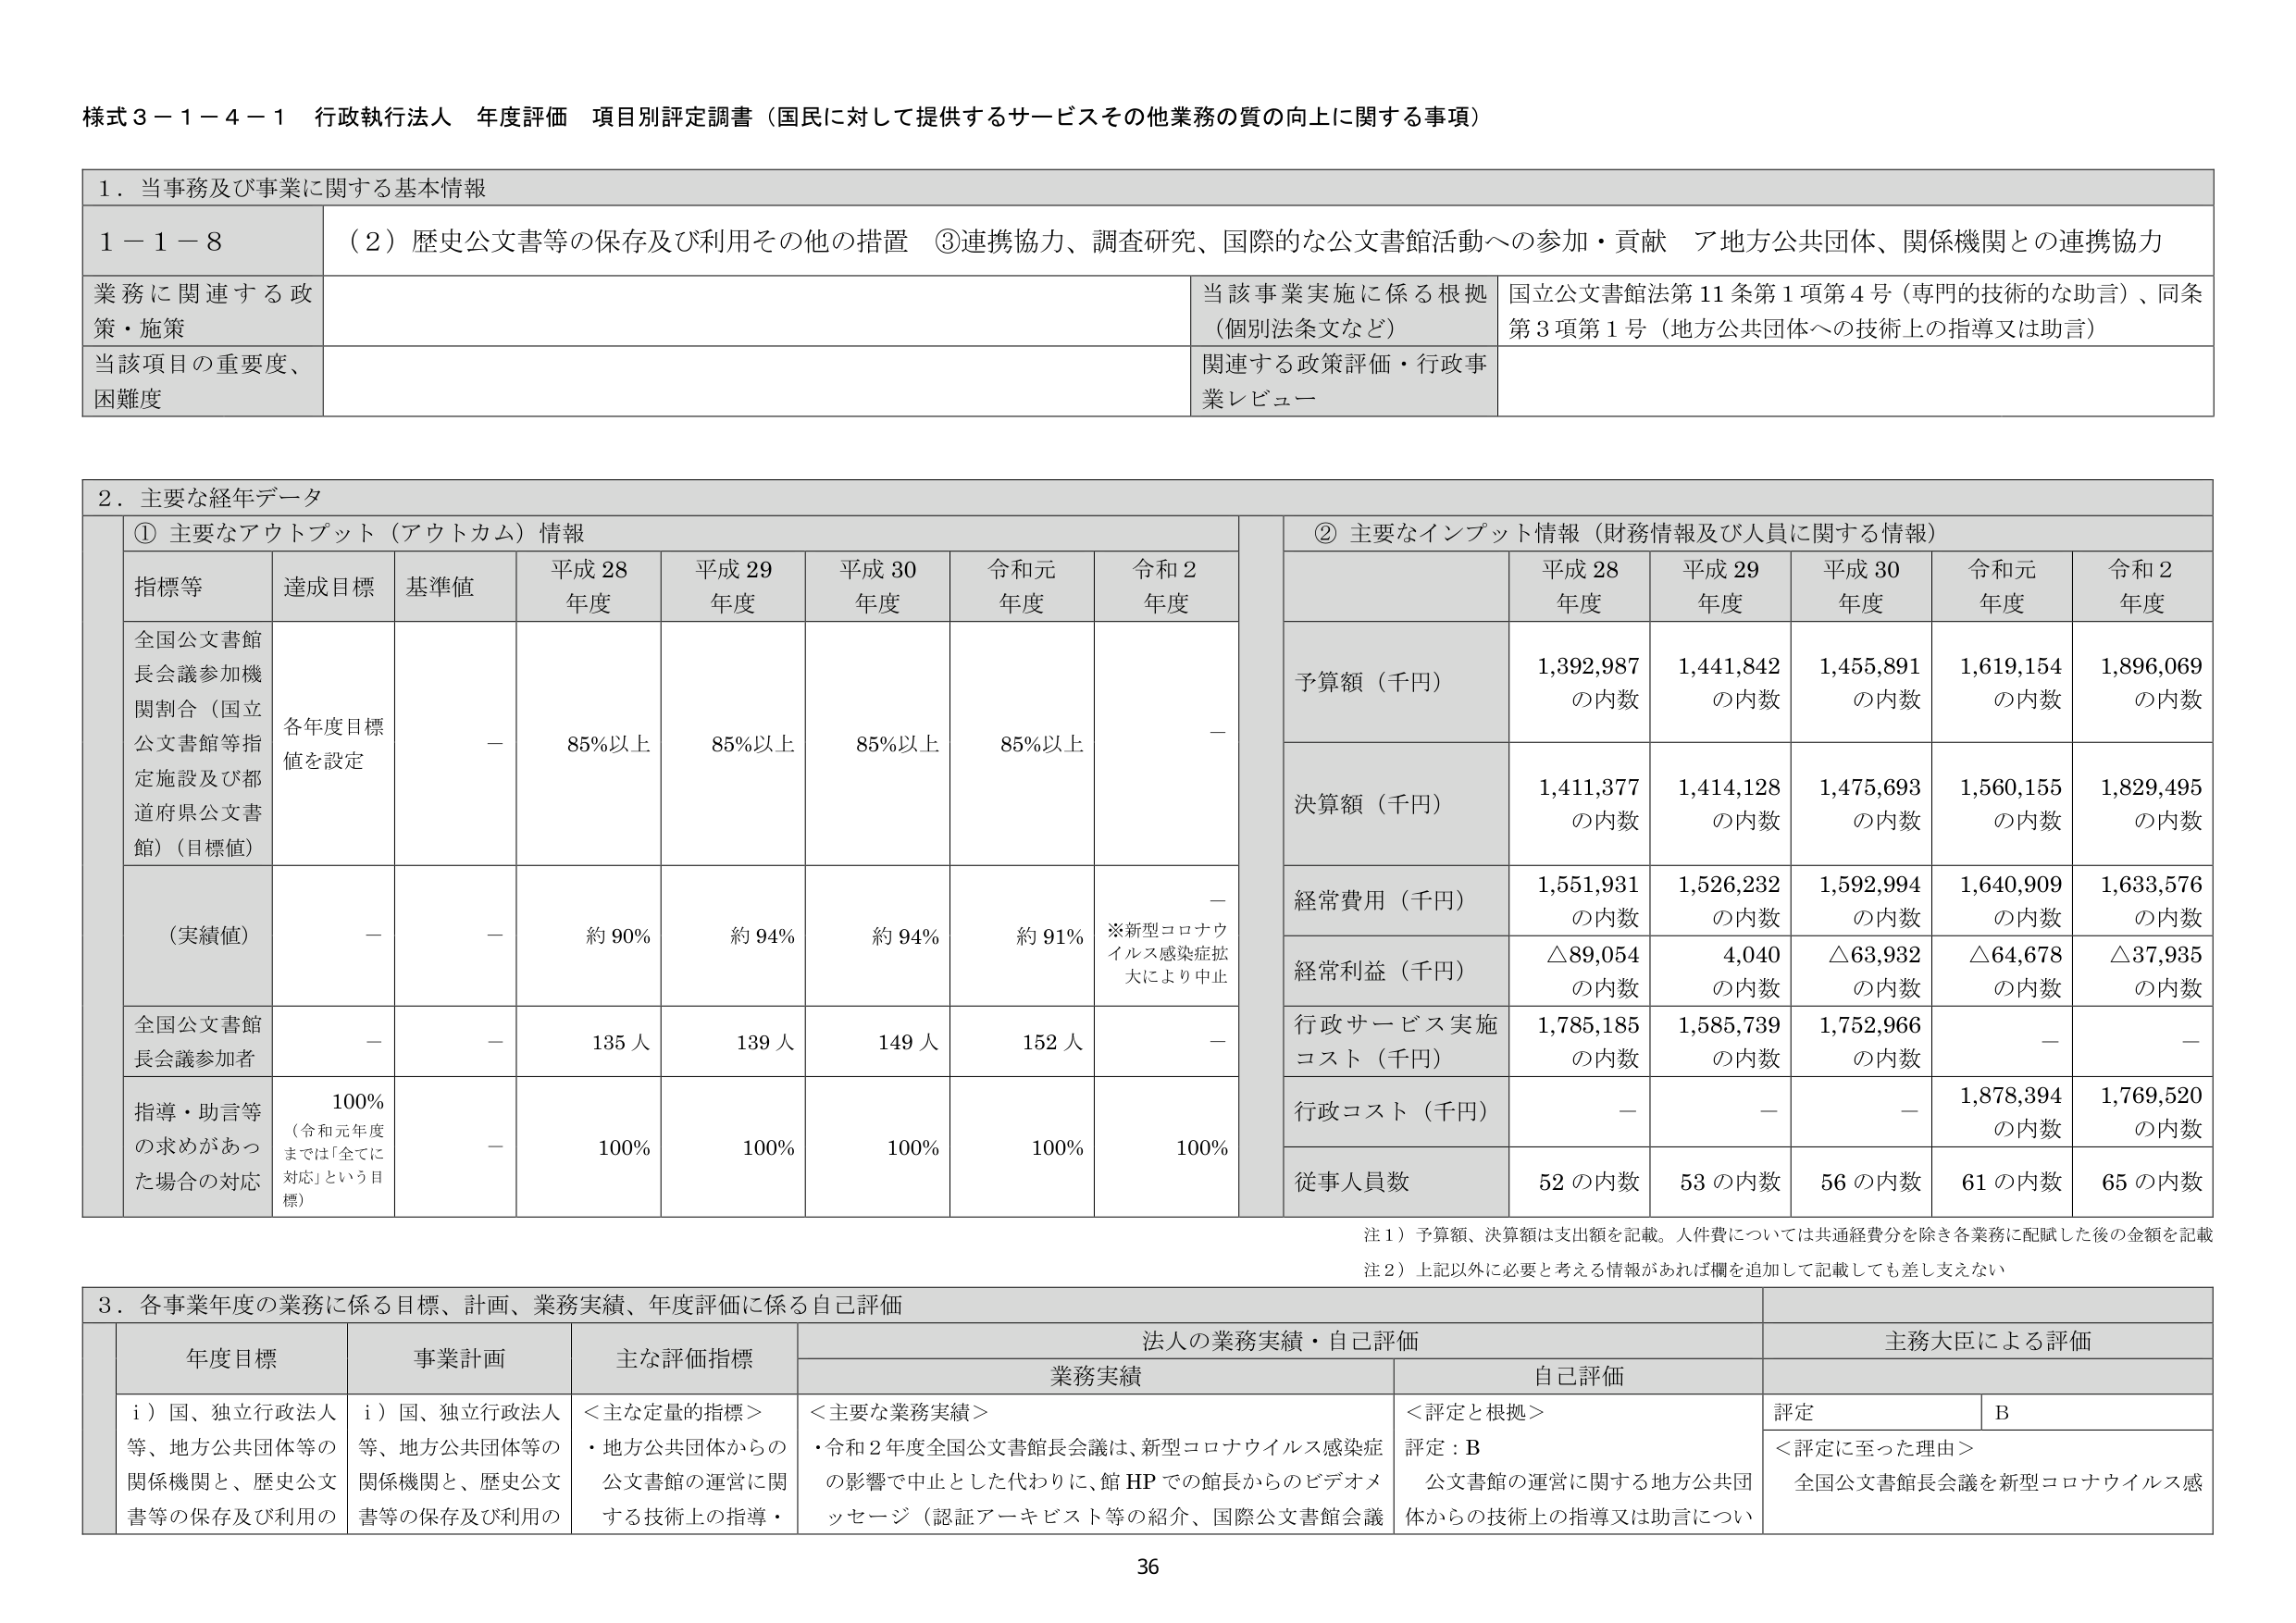
様式３－１－４－１ 行政執行法人 年度評価 項目別評定調書（国民に対して提供するサービスその他業務の質の向上に関する事項）

１．当事務及び事業に関する基本情報

１－１－８ （２）歴史公文書等の保存及び利用その他の措置 ③連携協力、調査研究、国際的な公文書館活動への参加・貢献 ア地方公共団体、関係機関との連携協力

業務に関連する政策・施策 当該事業実施に係る根拠（個別法条文など） 国立公文書館法第11条第1項第4号（専門的技術的な助言）、同条第3項第1号（地方公共団体への技術上の指導又は助言）

当該項目の重要度、困難度 関連する政策評価・行政事業レビュー

２．主要な経年データ

① 主要なアウトプット（アウトカム）情報

指標等 達成目標 基準値 平成28年度 平成29年度 平成30年度 令和元年度 令和2年度

全国公文書館長会議参加機関割合（国立公文書館等指定施設及び都道府県公文書館）（目標値） 各年度目標値を設定 － 85％以上 85％以上 85％以上 85％以上 －

（実績値） － － 約90％ 約94％ 約94％ 約91％ ※新型コロナウイルス感染症拡大により中止

全国公文書館長会議参加者 － － 135人 139人 149人 152人 －

指導・助言等の求めがあった場合の対応 100％（令和元年度までは「全てに対応」という目標） － 100％ 100％ 100％ 100％ 100％

② 主要なインプット情報（財務情報及び人員に関する情報）

予算額（千円） 平成28年度 平成29年度 平成30年度 令和元年度 令和2年度

1,392,987 の内数 1,441,842 の内数 1,455,891 の内数 1,619,154 の内数 1,896,069 の内数

決算額（千円） 1,411,377 の内数 1,414,128 の内数 1,475,693 の内数 1,560,155 の内数 1,829,495 の内数

経常費用（千円） 1,551,931 の内数 1,526,232 の内数 1,592,994 の内数 1,640,909 の内数 1,633,576 の内数

経常利益（千円） △89,054 の内数 4,040 の内数 △63,932 の内数 △64,678 の内数 △37,935 の内数

行政サービス実施コスト（千円） 1,785,185 の内数 1,585,739 の内数 1,752,966 の内数 － －

行政コスト（千円） － － － 1,878,394 の内数 1,769,520 の内数

従事人員数 52の内数 53の内数 56の内数 61の内数 65の内数

注１）予算額、決算額は支出額を記載。人件費については共通経費分を除き各業務に配賦した後の金額を記載

注２）上記以外に必要と考える情報があれば欄を追加して記載しても差し支えない

３．各事業年度の業務に係る目標、計画、業務実績、年度評価に係る自己評価

年度目標 事業計画 主な評価指標 法人の業務実績・自己評価 主務大臣による評価

業務実績 自己評価

ｉ）国、独立行政法人等、地方公共団体等の関係機関と、歴史公文書等の保存及び利用の ｉ）国、独立行政法人等、地方公共団体等の関係機関と、歴史公文書等の保存及び利用の ＜主な定量的指標＞・地方公共団体からの公文書館の運営に関する技術上の指導・ ＜主要な業務実績＞・令和２年度全国公文書館長会議は、新型コロナウイルス感染症の影響で中止とした代わりに、館HPでの館長からのビデオメッセージ（認証アーキビスト等の紹介、国際公文書館会議 ＜評定と根拠＞評定：B 公文書館の運営に関する地方公共団体からの技術上の指導又は助言につい 評定 B ＜評定に至った理由＞全国公文書館長会議を新型コロナウイルス感

36